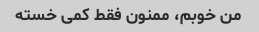
من خوبم، ممنون فقط کمی خسته